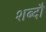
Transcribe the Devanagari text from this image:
शब्दौ